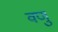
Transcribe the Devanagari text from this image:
वणु